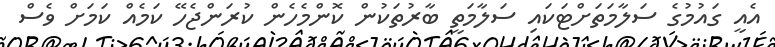
އެއީ ގައުމުގެ ސަލާމަތަށްޓަކައި ސަލާމަތީ ބާރުތަކުން ކޮންމެހެން ކުރަންޖެހޭ ކަމެއް ކަމަށް ވެސް